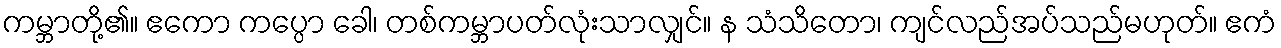
ကမ္ဘာတို့၏။ ဧကော ကပ္ပော ခေါ၊ တစ်ကမ္ဘာပတ်လုံးသာလျှင်။ န သံသိတော၊ ကျင်လည်အပ်သည်မဟုတ်။ ဧကံ